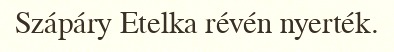
Szápáry Etelka révén nyerték.